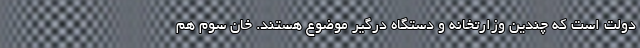
دولت است که چندین وزارتخانه و دستگاه درگیر موضوع هستند. خان سوم هم